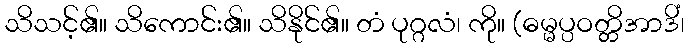
သိသင့်၏။ သိကောင်း၏။ သိနိုင်၏။ တံ ပုဂ္ဂလံ၊ ကို။ (ဓမ္မပ္ပဝတ္တိအာဒိံ၊